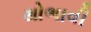
થોભાવી